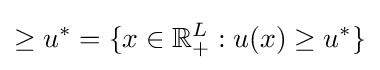
\geq {u^{*}}=\{x\in \mathbb {R} _{+}^{L}:u(x)\geq u^{*}\}